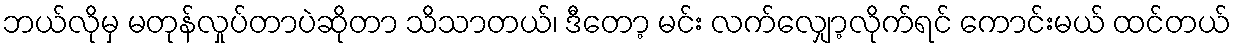
ဘယ်လိုမှ မတုန်လှုပ်တာပဲဆိုတာ သိသာတယ်၊ ဒီတော့ မင်း လက်လျှော့လိုက်ရင် ကောင်းမယ် ထင်တယ်